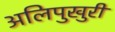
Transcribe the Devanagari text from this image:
अलिपुखुरी